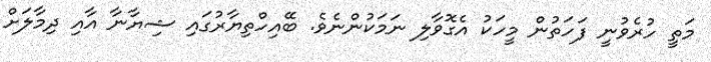
މަތީ ހުރެވުނީ ފަހަތުން މީހަކު އެގޮވާލި ނަމަކުންނެވެ. ބޭއިހްތިޔާރުގައި ޝިޔާނާ އާއި ދިމާލަށް